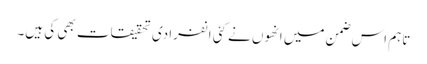
تاہم اس ضمن میں انھوں نے کئی انفرادی تحقیقات بھی کی ہیں۔